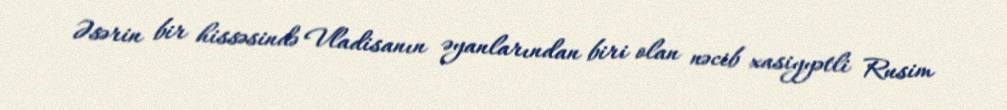
Əsərin bir hissəsində Vladisanın əyanlarından biri olan nəcib xasiyyətli Rusim